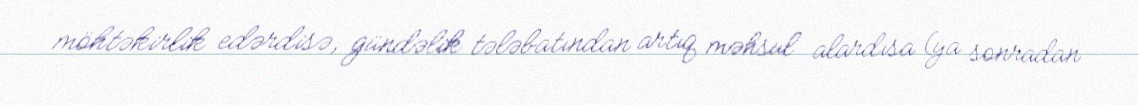
möhtəkirlik edərdisə, gündəlik tələbatından artıq məhsul alardısa (ya sonradan